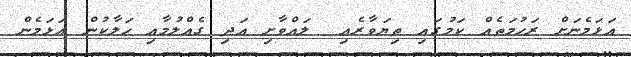
އަޅަމެނަށް ރަހުމަތެއް ކަމުގައި ތިޔަވާރެއި  ލައްވާށި އަދި ގެއްލުމާއި ހަލާކުން އަޅަމެން